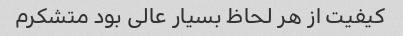
کیفیت از هر لحاظ بسیار عالی بود متشکرم